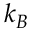
k _ { B }